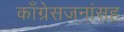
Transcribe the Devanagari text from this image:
काँग्रेसजनांसह